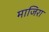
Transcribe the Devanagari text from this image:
माजिरा